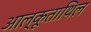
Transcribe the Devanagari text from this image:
आल्कूताथिल